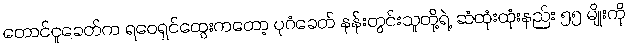
တောင်ငူခေတ်က ရဝေရှင်ထွေးကတော့ ပုဂံခေတ် နန်းတွင်းသူတို့ရဲ့ ဆံထုံးထုံးနည်း ၅၅ မျိုးကို